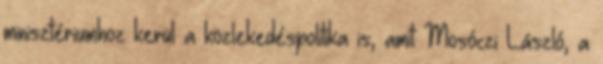
minisztériumhoz kerül a közlekedéspolitika is, amit Mosóczi László, a